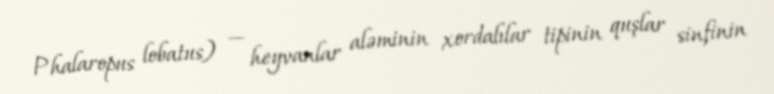
Phalaropus lobatus) — heyvanlar aləminin xordalılar tipinin quşlar sinfinin